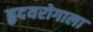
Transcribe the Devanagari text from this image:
हृदयरोगाला